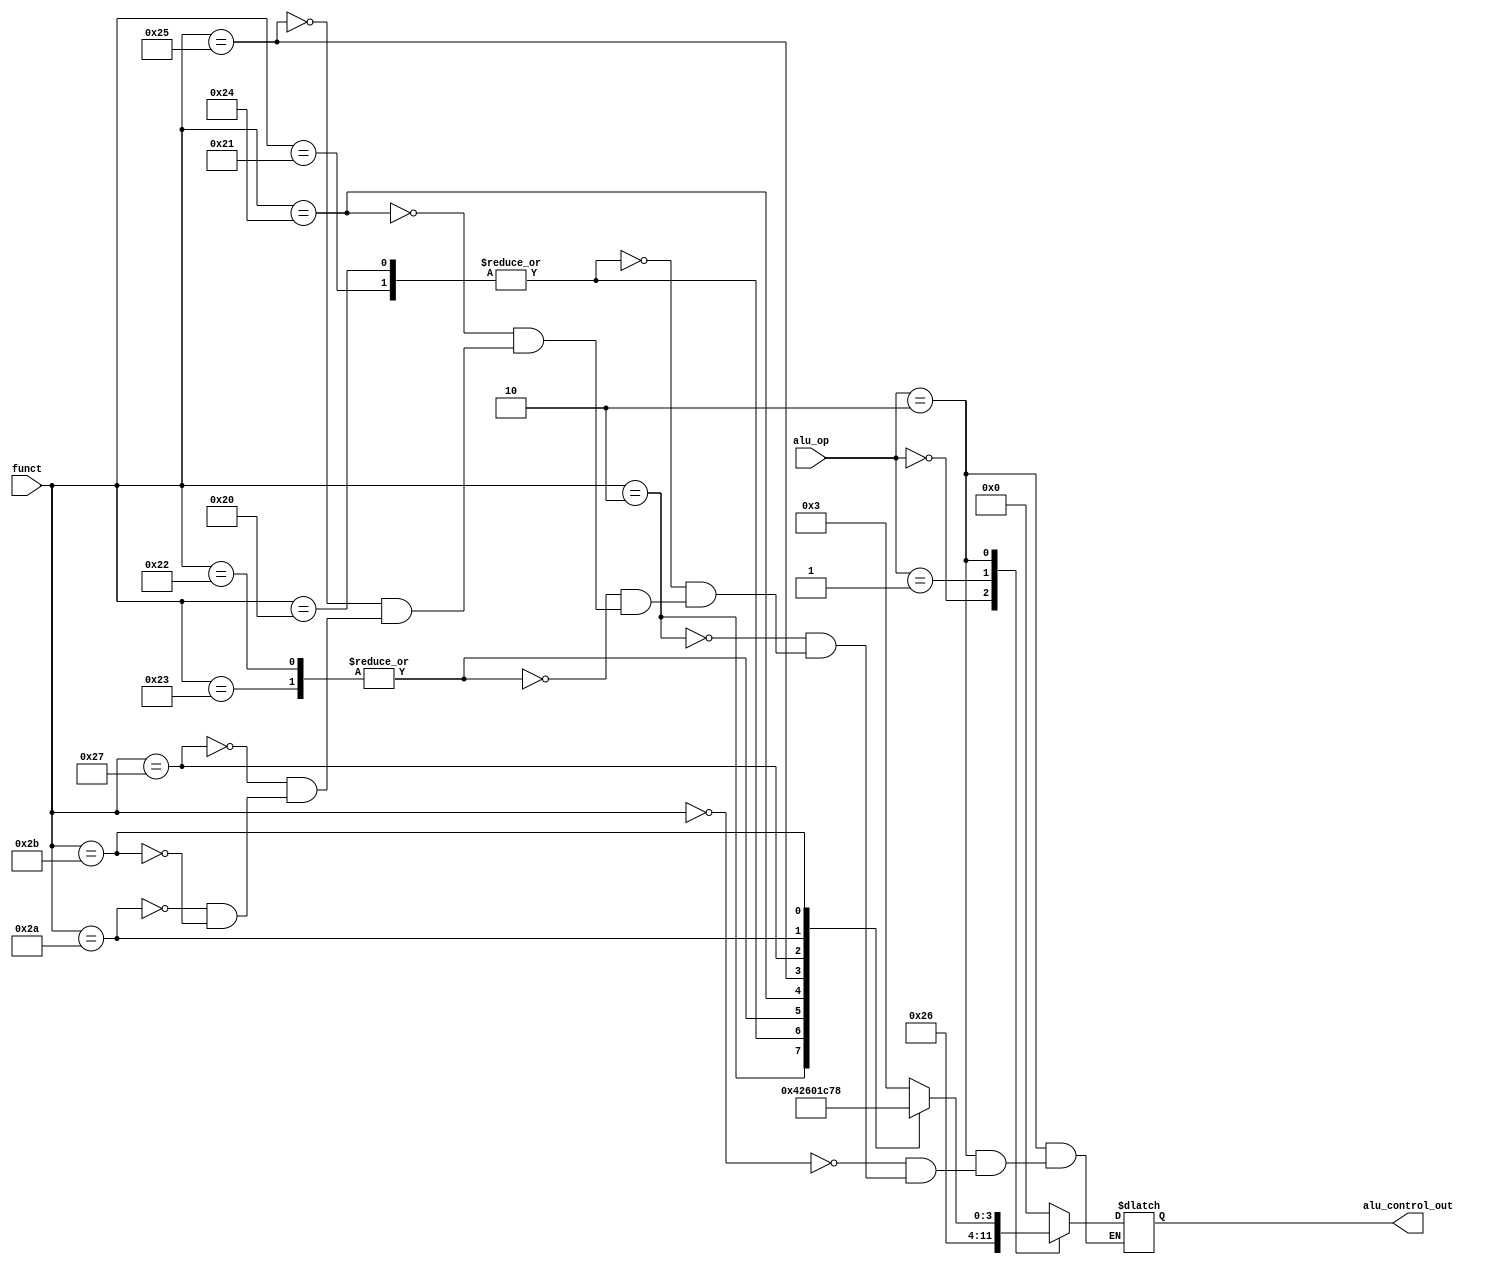
`ifndef _ALU_V
`define _ALU_V

module alu_control(funct, alu_op, alu_control_out);

	input wire [5:0] funct;
	input wire [1:0] alu_op;
	
	output reg [3:0] alu_control_out;
	
	always @(alu_op, funct) begin
		case(alu_op)
			0: alu_control_out = 2;
			1: alu_control_out = 6;
			2:	begin
					case(funct)
						6'h00: alu_control_out = 3; 		// sll
						6'h02: alu_control_out = 4; 		// slr
						6'h20, 6'h21: alu_control_out = 2; 	// add,addu
						6'h22, 6'h23: alu_control_out = 6; 	// sub,subu
						6'h24: alu_control_out = 0; 		// and
						6'h25: alu_control_out = 1;			// or
						6'h27: alu_control_out = 12;		// nor
						6'h2A: alu_control_out = 7; 		// slt
						6'h2B: alu_control_out = 8; 		// sltu
					endcase
				end
			default: alu_control_out = 0;
		endcase
	end
	
endmodule

module alu(data1, data2, alu_control_in, zero, alu_result);
	
	input wire [31:0] data1;
	input wire [31:0] data2;
	input wire [3:0] alu_control_in;
	
	output wire zero;
	output reg [31:0] alu_result;
	
	assign zero = (alu_result == 0);
	always @(alu_control_in, data1, data2) begin
		case(alu_control_in)
			0: alu_result = data1 &  data2;
			1: alu_result = data1 |  data2;
			2: alu_result = data1 +  data2;
			3: alu_result = data2 << data1; // slr, sl1 use RT instead of RS
			4: alu_result = data2 >> data1;
			6: alu_result = data1 -  data2;
			7: begin
				if ($signed(data1) < $signed(data2))
					alu_result = 1;
				else 
					alu_result = 0;
				end
			8: begin
				if (data1 < data2)
					alu_result = 1;
				else 
					alu_result = 0;
				end
			12: alu_result = ~(data1 | data2);
			default: alu_result = 0;
		endcase
	end
	
endmodule

`endif